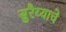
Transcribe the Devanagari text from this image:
सुरैय्याचे